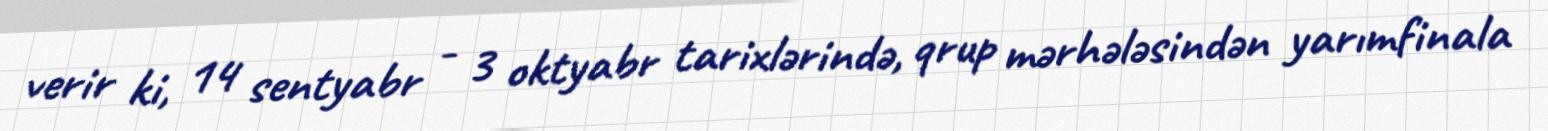
verir ki, 14 sentyabr - 3 oktyabr tarixlərində, qrup mərhələsindən yarımfinala